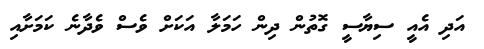
އަދި އެއީ ސިޔާސީ ގޮތުން ދިން ހަމަލާ އަކަށް ވެސް ވެދާނެ ކަމަށާއި